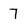
Character: 7